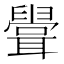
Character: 𦗶